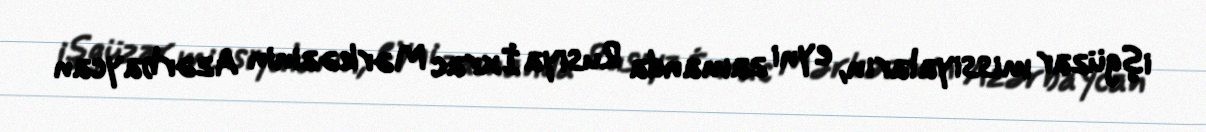
işgüzar missiyaların, eyni zamanda Rusiya İxrac Mərkəzinin Azərbaycan